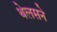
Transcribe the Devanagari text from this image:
थेलसने